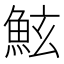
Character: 鮌